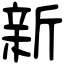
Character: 新